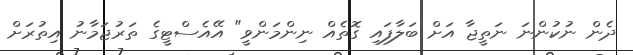
ދެން ނުކުންނަ ނަތީޖާ އަށް ބަލާފައި ގޮތެއް ނިންމަންވީ" އޭއެސްޓީގެ ތަރުޖަމާނު އިތުރަށް